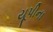
યૂપીના